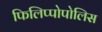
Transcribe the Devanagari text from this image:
फिलिप्पोपोलिस